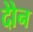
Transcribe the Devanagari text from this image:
दोेन